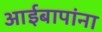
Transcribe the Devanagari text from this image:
आईबापांना